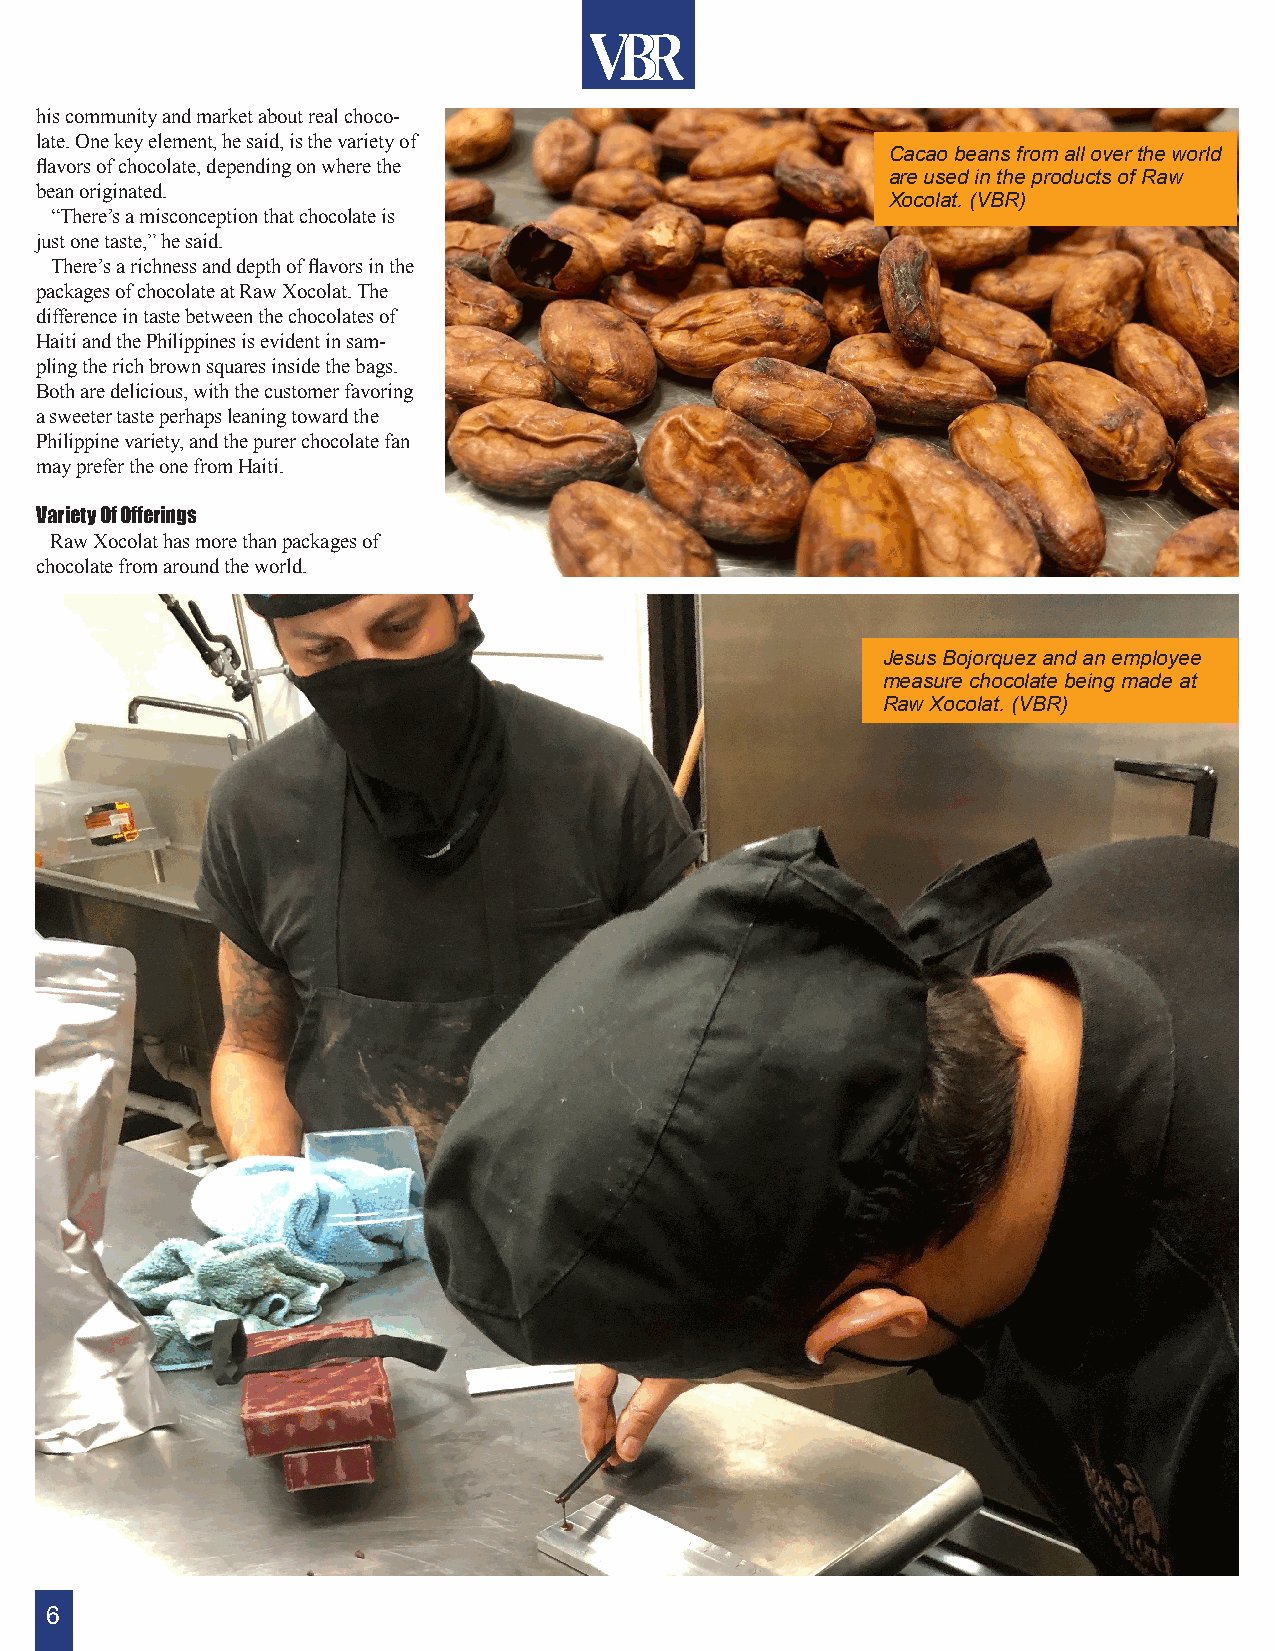
his community and market about real choco-
 late. One key element, he said, is the variety of
 Cacao beans from all over the world
 flavors of chocolate, depending on where the
 are used in the products of Raw
 bean originated.
 Xocolat. (VBR)
 “There’s a misconception that chocolate is
 just one taste,” he said.
 There’s a richness and depth of flavors in the
 packages of chocolate at Raw Xocolat. The
 difference in taste between the chocolates of
 Haiti and the Philippines is evident in sam-
 pling the rich brown squares inside the bags.
 Both are delicious, with the customer favoring
 a sweeter taste perhaps leaning toward the
 Philippine variety, and the purer chocolate fan
 may prefer the one from Haiti.
 Variety Of Offerings
 Raw Xocolat has more than packages of
 chocolate from around the world.
 Jesus Bojorquez and an employee
 measure chocolate being made at
 Raw Xocolat. (VBR)
 6